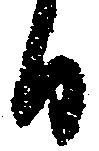
日